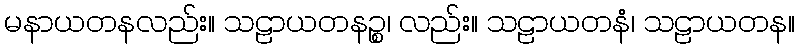
မနာယတနလည်း။ သဠာယတနဉ္စ၊ လည်း။ သဠာယတနံ၊ သဠာယတန။